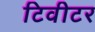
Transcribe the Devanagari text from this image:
टिवीटर